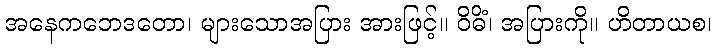
အနေကဘေဒတော၊ များသောအပြား အားဖြင့်။ ဝိဓိံ၊ အပြားကို။ ဟိတာယစ၊